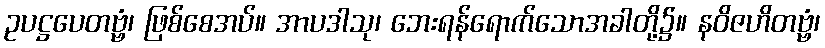
ဥပဋ္ဌပေတဗ္ဗံ၊ ဖြစ်စေအပ်။ အာပဒါသု၊ ဘေးရန်ရောက်သောအခါတို့၌။ နဝိဇဟိတဗ္ဗံ၊